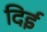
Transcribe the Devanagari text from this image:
दिई